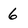
Character: 6